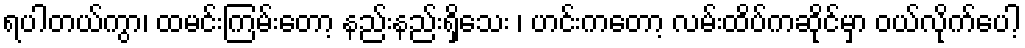
ရပါတယ်ကွာ၊ ထမင်းကြမ်းတော့ နည်းနည်းရှိသေး ၊ ဟင်းကတော့ လမ်းထိပ်ကဆိုင်မှာ ဝယ်လိုက်ပေါ့